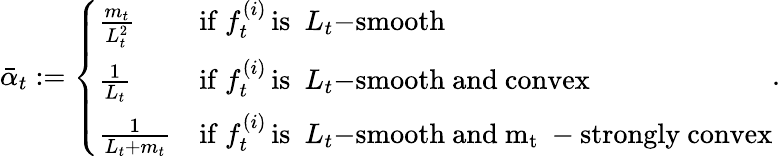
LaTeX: \begin{array}{r}{\bar{\alpha}_{t}:=\left\{ \begin{array}{ll}{\frac{m_{t}}{L_{t}^{2}}}&{\mathrm{if~}f_{t}^{(i)}\mathrm{\, is\, \, \, }L_{t}\mathrm{-smooth}}\\ {\frac{1}{L_{t}}}&{\mathrm{if~}f_{t}^{(i)}\mathrm{\, is\, \, \, }L_{t}\mathrm{-smooth~and~convex}}\\ {\frac{1}{L_{t}+m_{t}}}&{\mathrm{if~}f_{t}^{(i)}\mathrm{\, is\, \, \, }L_{t}\mathrm{-smooth~and~m_t~-strongly~convex}}\end{array}\right..}\end{array}